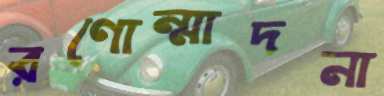
রণোন্মাদনা